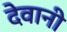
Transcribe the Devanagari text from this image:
देवानी